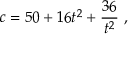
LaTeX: c = 5 0 + 1 6 t ^ { 2 } + { \frac { 3 6 } { t ^ { 2 } } } \ ,